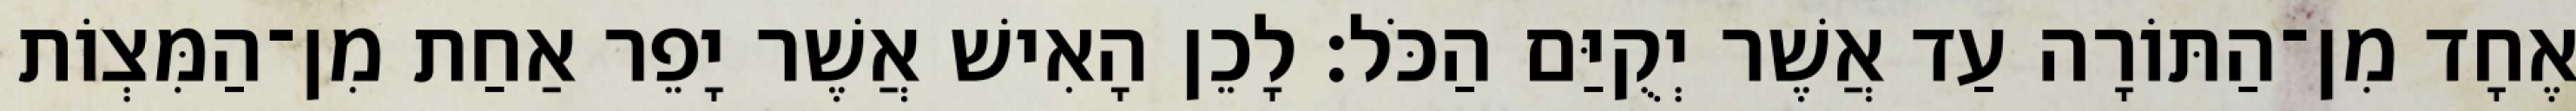
אֶחָד מִן־הַתּוֹרָה עַד אֲשֶׁר יְקֻיַּם הַכֹּל׃ לָכֵן הָאִישׁ אֲשֶׁר יָפֵר אַחַת מִן־הַמִּצְוֹת